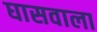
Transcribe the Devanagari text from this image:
घासवाला